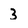
Character: 3